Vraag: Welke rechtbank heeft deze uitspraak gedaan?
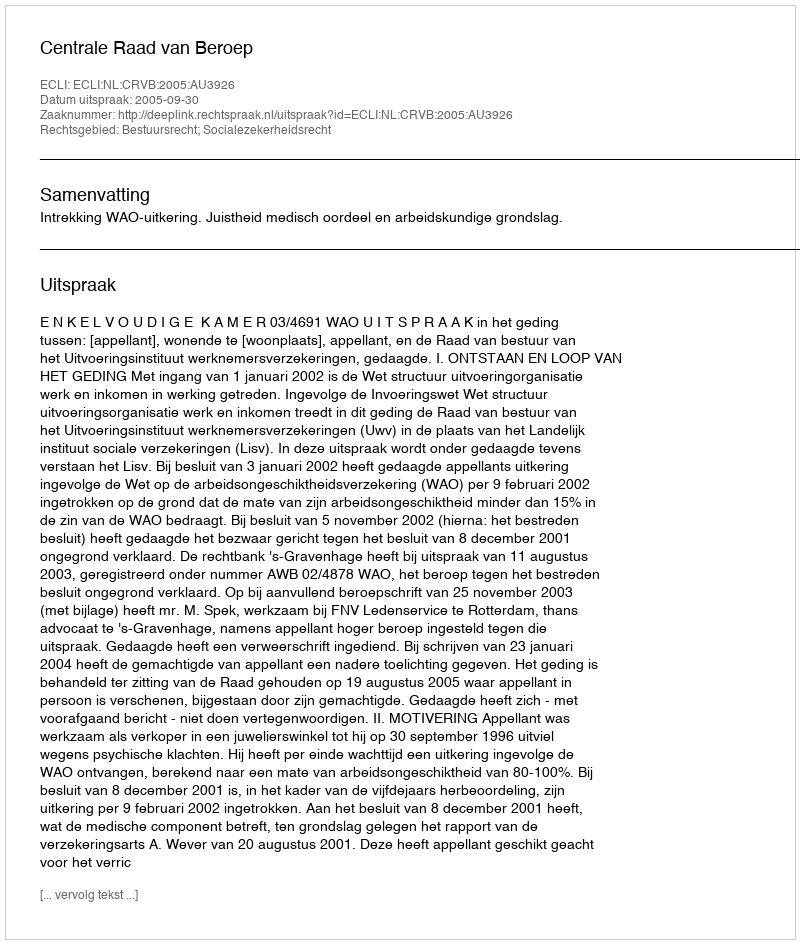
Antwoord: Centrale Raad van Beroep